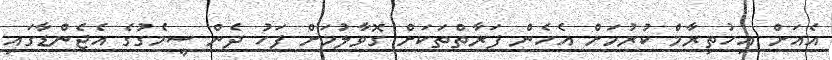
އެއަށް އިހުތިރާމް ކުރުމަށް އެހެން ފަރާތްތަކަށް ގޮވާލުމަށް ފަހު ދެން ސީމެގުގެ އެޖެންޑާގައި